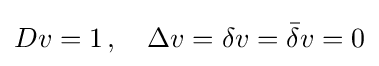
Dv=1\,,\quad \Delta v=\delta v={\bar {\delta }}v=0